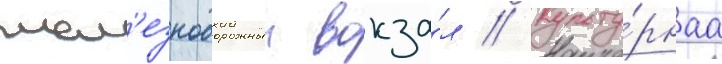
жел'езнодорожныи вокза́л // Культу́рнаа